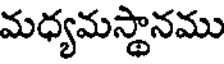
మధ్యమస్థానము